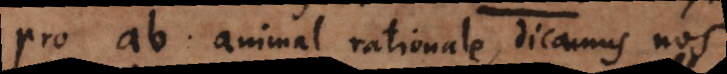
pro ab: animal rationale, dicamus nos